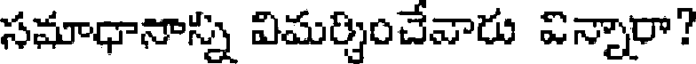
సమాధానాన్ని విమర్శించేవారు విన్నారా?